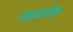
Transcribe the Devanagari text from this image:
वाइकॉफ़